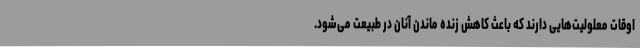
اوقات معلولیت‌هایی دارند که باعث کاهش زنده ماندن آنان در طبیعت می‌شود.